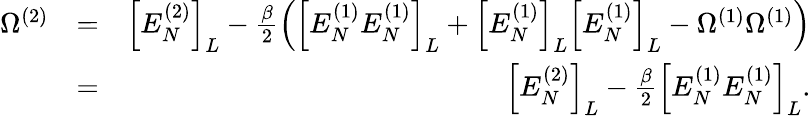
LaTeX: \begin{array}{rlr}{\Omega^{(2)}}&{=}&{\left[E_{N}^{(2)}\right]_{L}-\frac{\beta}{2}\left(\left[{E_{N}^{(1)}E_{N}^{(1)}}\right]_{L}+\left[E_{N}^{(1)}\right]_{L}\left[E_{N}^{(1)}\right]_{L}-\Omega^{(1)}\Omega^{(1)}\right)}\\ &{=}&{\left[E_{N}^{(2)}\right]_{L}-\frac{\beta}{2}\left[{E_{N}^{(1)}E_{N}^{(1)}}\right]_{L}.}\end{array}